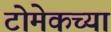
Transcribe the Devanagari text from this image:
टोमेकच्या